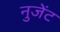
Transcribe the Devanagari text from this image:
नुजेंट